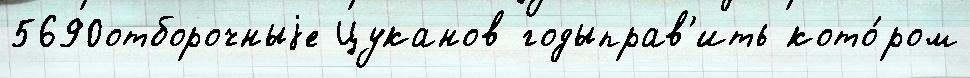
5690отборочныjе Цуканов годыправ'ить кото́ром